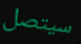
سيتصل